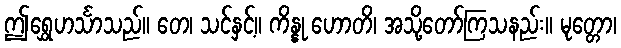
ဤရွှေဟင်္သာသည်။ တေ၊ သင်နှင့်။ ကိန္နု ဟောတိ၊ အသို့တော်ကြသနည်း။ မုတ္တော၊